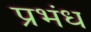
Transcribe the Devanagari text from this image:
प्रभंध